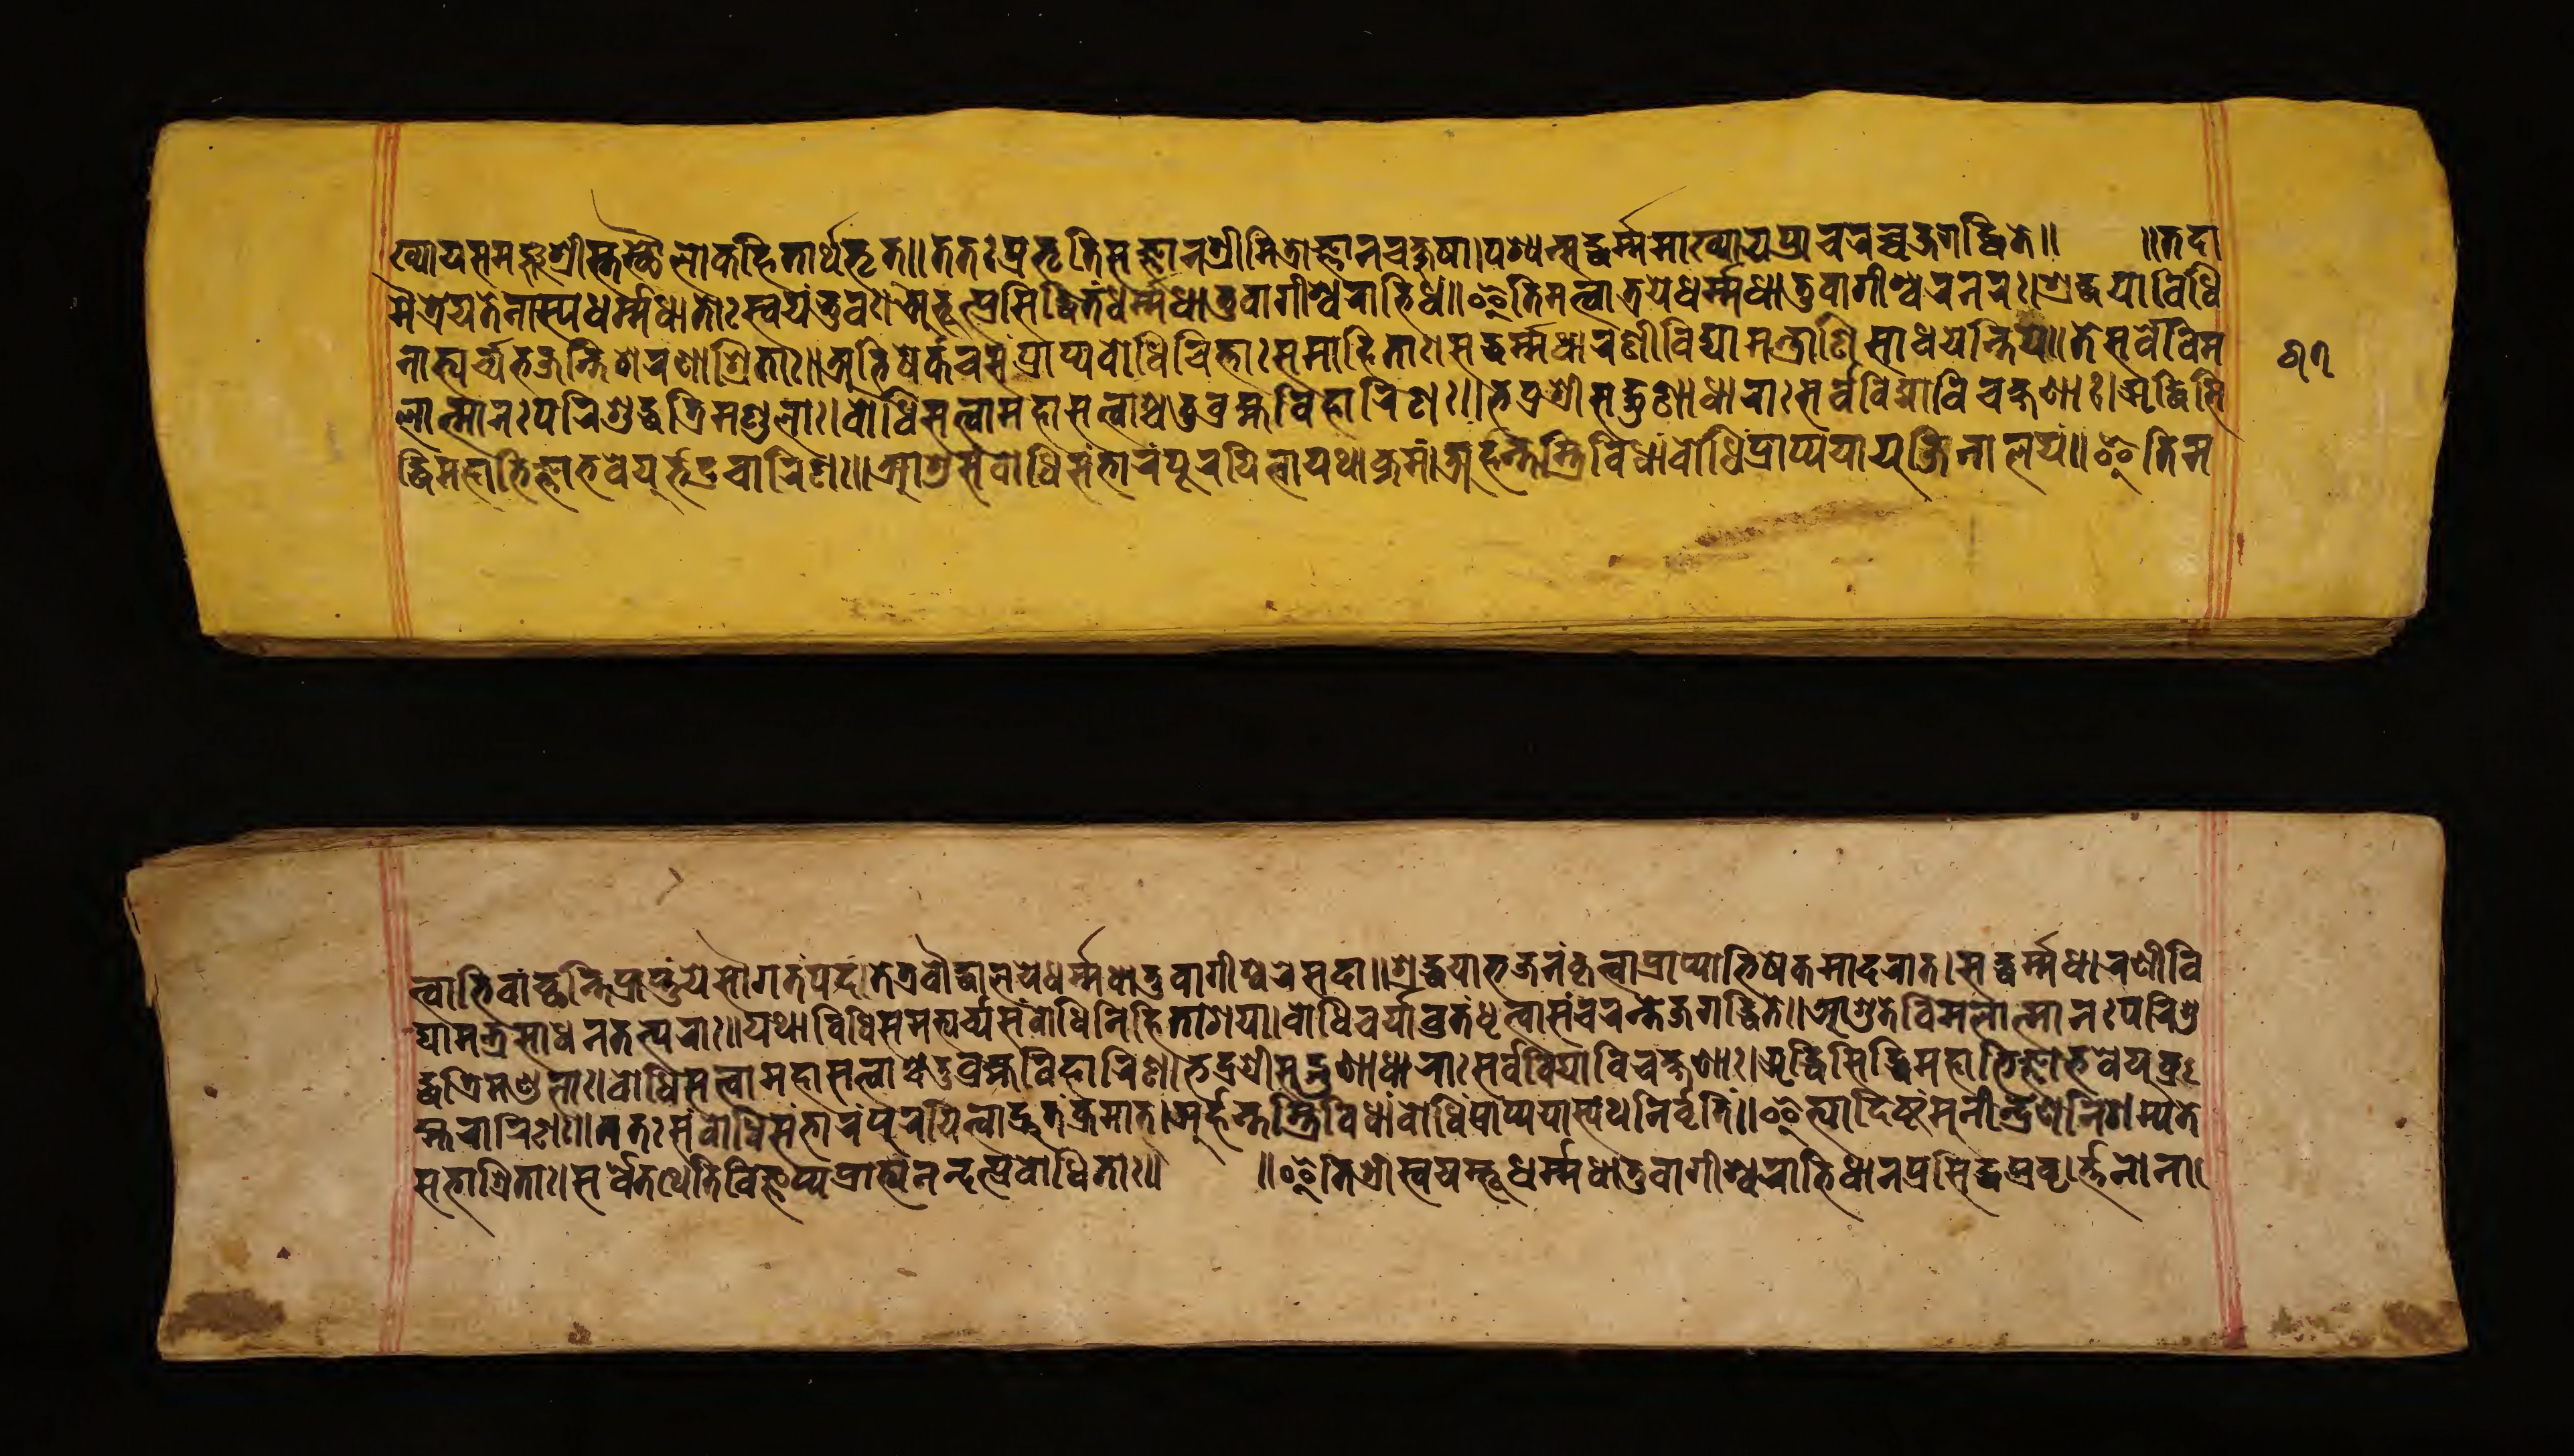
𑐩𑐿𑐟𑑂𑐬𑐾𑐫𑐟𑐾𑐣𑐵𑐳𑑂𑐫𑐢𑐬𑑂𑐩𑐢𑐵𑐟𑑀𑑅𑐳𑑂𑐰𑐫𑑄𑐨𑐸𑐰𑑅𑑋𑐀𑐨𑐸𑐟𑑂𑐥𑑂𑐬𑐳𑐶𑐡𑑂𑐢𑐶𑐟𑑄𑐢𑐬𑑂𑐩𑐢𑐵𑐟𑐸𑑄𑐰𑐵𑐐𑐷𑐱𑑂𑐰𑐬𑐵𑐨𑐶𑐢𑑄𑑌𑐂𑐟𑐶𑐩𑐟𑑂𑐰𑐵𑐟𑑂𑐬𑐫𑐾𑐢𑐬𑑂𑐩𑐢𑐵𑐟𑐸𑐰𑐵𑐐𑐷𑐱𑑂𑐰𑐬𑐣𑐬𑐵𑑅𑑋𑐱𑑂𑐬𑐡𑑂𑐢𑐫𑐵𑐰𑐶𑐢𑐶 𑐣𑐵𑐨𑑂𑐫𑐬𑑂𑐔𑑂𑐫𑐨𑐖𑐣𑑂𑐟𑐶𑐱𑐬𑐞𑐵𑐱𑑂𑐬𑐶𑐟𑐵𑑅𑑌𑐀𑐨𑐶𑐲𑐾𑐎𑑄𑐔𑐳𑑄𑐥𑑂𑐬𑐵𑐥𑑂𑐫𑐧𑑀𑐢𑐶𑐔𑐶𑐟𑑂𑐟𑐵𑐳𑐩𑐵𑐴𑐶𑐟𑐵𑑅𑑋𑐳𑐡𑑂𑐢𑐬𑑂𑐩𑑂𑐩𑐢𑐵𑐬𑐞𑐷𑐰𑐶𑐡𑑂𑐫𑐵𑐩𑐣𑑂𑐟𑑂𑐬𑐵𑐞𑐶𑐢𑐵𑐬𑐫𑐣𑑂𑐟𑐶𑐫𑐾𑑌𑐟𑐾𑐳𑐬𑑂𑐰𑐾𑐰𑐶𑐩 𑐮𑐵𑐟𑑂𑐩𑐵𑐣𑑅𑐥𑐬𑐶𑐱𑐸𑐡𑑂𑐢𑐟𑑂𑐬𑐶𑐩𑐞𑑂𑐜𑐮𑐵𑑅𑑋𑐧𑑀𑐢𑐶𑐳𑐟𑑂𑐟𑑂𑐰𑐵𑐩𑐴𑐵𑐳𑐟𑑂𑐟𑑂𑐰𑐵𑐱𑑂𑐔𑐟𑐸𑐬𑑂𑐧𑑂𑐬𑐴𑑂𑐩𑐰𑐶𑐴𑐵𑐬𑐶𑐞𑑅𑑌𑐨𑐡𑑂𑐬𑐱𑑂𑐬𑐷𑐳𑐡𑑂𑐐𑐸𑐞𑐵𑐢𑐵𑐬𑐵𑑅𑐳𑐬𑑂𑐰𑐰𑐶𑐡𑑂𑐫𑐵𑐰𑐶𑐔𑐎𑑂𑐲𑐞𑐵𑑅𑑋𑐆𑐡𑑂𑐢𑐶𑐳𑐶 𑐡𑑂𑐢𑐶𑐩𑐴𑐵𑐨𑐶𑐖𑑂𑐘𑐵𑐨𑐰𑐾𑐫𑐸𑐬𑑂𑐨𑐡𑑂𑐬𑐔𑐵𑐬𑐶𑐞𑑅𑑌𑐁𑐱𑐸𑑅𑐳𑐩𑑂𑐧𑑀𑐢𑐶𑐳𑑄𑐨𑐵𑐬𑑄𑐥𑐹𑐬𑐫𑐶𑐟𑑂𑐰𑐵𑐫𑐠𑐵𑐎𑑂𑐬𑐩𑑄𑑋𑐀𑐬𑑂𑐴𑐣𑑂𑐟𑐳𑑂𑐟𑑂𑐬𑐶𑐰𑐶𑐢𑐵𑑄𑐧𑑀𑐢𑐶𑑄𑐥𑑂𑐬𑐵𑐥𑑂𑐫𑐫𑐵𑐫𑐸𑐖𑐶𑑄𑐣𑐵𑐮𑐫𑑄𑑌𑐂𑐟𑐶𑐩 𑐟𑑂𑐰𑐵𑐨𑐶𑐰𑐵𑐕𑐣𑑂𑐟𑐶𑐥𑑂𑐬𑐵𑐥𑑂𑐟𑐸𑑄𑐫𑐾𑐳𑑁𑐐𑐟𑑄𑐥𑐡𑑄𑑋𑐟𑐾𑐟𑑂𑐬𑐧𑑁𑐡𑑂𑐢𑐵𑐮𑐫𑐾𑐢𑐬𑑂𑐩𑑂𑐩𑐢𑐵𑐟𑐸𑐰𑐵𑐐𑐷𑐱𑑂𑐰𑐬𑐾𑐳𑐡𑐵𑑌𑐱𑑂𑐬𑐡𑑂𑐢𑐫𑐵𑐨𑐖𑐣𑑄𑐎𑐺𑐟𑑂𑐰𑐵𑐥𑑂𑐬𑐵𑐥𑑂𑐫𑐵𑐨𑐶𑐲𑐾𑐎𑐩𑐵𑐡𑐬𑐵𑐟𑑂𑑋𑐳𑐢𑐬𑑂𑐩𑑂𑐩𑐢𑐵𑐬𑐞𑐷𑐰𑐶 𑐡𑑂𑐫𑐵𑐩𑐣𑑂𑐟𑑂𑐬𑐳𑐵𑐢𑐵𑐬𑐟𑐟𑑂𑐥𑐬𑐵𑑅𑑌𑐫𑐠𑐵𑐰𑐶𑐢𑐶𑐳𑐩𑐨𑑂𑐫𑐬𑑂𑐔𑑂𑐫𑐳𑑄𑐧𑑀𑐢𑐶𑐣𑐶𑐴𑐶𑐟𑐵𑐱𑑂𑐬𑐫𑐵𑑋𑐧𑑀𑐢𑐶𑐔𑐬𑑂𑐫𑐵𑐰𑑂𑐬𑐟𑑄𑐢𑐺𑐟𑑂𑐰𑐵𑐳𑑄𑐔𑐬𑐟𑐾𑐖𑐐𑐡𑑂𑐢𑐶𑐟𑐾𑑌𑐁𑐱𑐸𑐟𑐾𑐰𑐶𑐩𑐮𑐵𑐟𑑂𑐩𑐵𑐣𑑅𑐥𑐬𑐶𑐱𑐸 𑐡𑑂𑐢𑐟𑑂𑐬𑐶𑐩𑐞𑑂𑐜𑐮𑐵𑑅𑑋𑐧𑑀𑐢𑐶𑐳𑐟𑑂𑐟𑑂𑐰𑐩𑐴𑐵𑐳𑐟𑑂𑐟𑑂𑐰𑐱𑑂𑐔𑐟𑐸𑐬𑑂𑐧𑑂𑐬𑐴𑑂𑐩𑐰𑐶𑐴𑐵𑐬𑐶𑐞𑑅𑑋𑐨𑐡𑑂𑐬𑐱𑑂𑐬𑐷𑐳𑐡𑑂𑐐𑐸𑐞𑐵𑐢𑐵𑐬𑐵𑑅𑐳𑐬𑑂𑐰𑐰𑐶𑐡𑑂𑐫𑐵𑐰𑐶𑐔𑐎𑑂𑐲𑐞𑐵𑑅𑑋𑐆𑐡𑑂𑐢𑐶𑐳𑐶𑐡𑑂𑐢𑐶𑐩𑐴𑐵𑐨𑐶𑐖𑑂𑐘𑐵𑐨𑐰𑐾𑐫𑐸𑐧𑑂𑐬 𑐦𑑂𑐬𑐔𑐵𑐬𑐶𑐞𑑅𑑌𑐟𑐟𑑅𑐳𑑄𑐧𑑀𑐢𑐶𑐳𑑄𑐨𑐵𑐬𑑄𑐥𑐹𑐬𑐫𑐶𑐟𑑂𑐰𑐵𑐡𑑂𑐬𑐸𑐟𑑄𑐎𑑂𑐬𑐩𑐵𑐟𑑂𑑋𑐀𑐬𑑂𑐴𑐣𑑂𑐟𑐩𑑂𑐟𑑂𑐬𑐶𑐰𑐶𑐢𑐵𑑄𑐧𑑀𑐢𑐶𑑄𑐥𑑂𑐬𑐵𑐥𑑂𑐫𑐫𑐵𑐳𑑂𑐫𑐠𑐣𑐶𑐰𑐺𑐟𑐶𑑄𑑌𑐂𑐟𑑂𑐫𑐵𑐡𑐶𑐲𑑂𑐚𑑄𑐩𑐸𑐣𑐷𑐣𑑂𑐡𑑂𑐬𑐾𑐞𑐣𑐶𑐱𑐩𑑂𑐫𑐟𑐾 𑐏𑑂𑐫𑐵𑐫𑐳𑐩𑐘𑑂𑐖𑐸𑐱𑑂𑐬𑐷𑐳𑑂𑐟𑐳𑑂𑐠𑑁𑐮𑑀𑐎𑐴𑐶𑐟𑐵𑐬𑑂𑐠𑐨𑐺𑐟𑑂𑑌𑐟𑐟𑑅𑐥𑑂𑐬𑐨𑐺𑐟𑐶𑐳𑐖𑑂𑐘𑐵𑐣𑐱𑑂𑐬𑐷𑐩𑐶𑐟𑑂𑐬𑑀𑐖𑑂𑐘𑐵𑐣𑐔𑐎𑑂𑐲𑐸𑐲𑐵𑑋𑐥𑐱𑑂𑐫𑐣𑑂𑐳𑐡𑑂𑐢𑐬𑑂𑐩𑑂𑐩𑐩𑐵𑐏𑑂𑐫𑐵𑐫𑐥𑑂𑐬𑐵𑐔𑐬𑐔𑑂𑐔𑐖𑐐𑐡𑑂𑐢𑐶𑐟𑐾𑑌 𑑌𑐟𑐡𑐵 𑐳𑐨𑐵𑐱𑑂𑐬𑐶𑐟𑐵𑑅𑑋𑐳𑐬𑑂𑐰𑐾𑐟𑐠𑐾𑐟𑐶𑐰𑐶𑐖𑑂𑐘𑐵𑐫𑐥𑑂𑐬𑐵𑐨𑑂𑐫𑐣𑐣𑑂𑐡𑐣𑑂𑐥𑑂𑐬𑐰𑑀𑐢𑐶𑐟𑐵𑑅𑑌 𑑋𑐂𑐟𑐶𑐱𑑂𑐬𑐷𑐳𑑂𑐰𑐫𑑄𑐨𑐹𑐢𑐬𑑂𑐩𑑂𑐩𑐢𑐵𑐟𑐸𑐰𑐵𑐐𑐷𑐱𑑂𑐰𑐬𑐵𑐨𑐶𑐢𑐵𑐣𑐥𑑂𑐬𑐳𑐶𑐡𑑂𑐢𑐥𑑂𑐬𑐰𑐬𑑂𑐟𑐣𑑀𑐣𑐵 𑑖𑑗